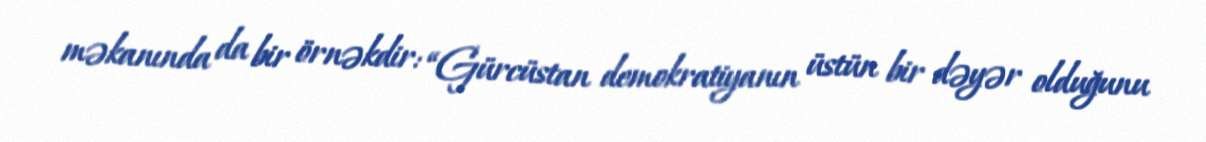
məkanında da bir örnəkdir: “Gürcüstan demokratiyanın üstün bir dəyər olduğunu